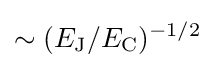
\sim (E_{\mathrm {J} }/E_{\mathrm {C} })^{-1/2}